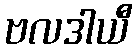
ဗလဒါယီ